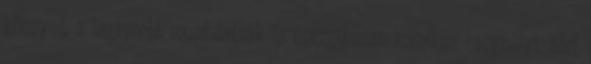
könnyed, a legapróbb mozdulatnak is energikusan komikus hangsúlyt adni